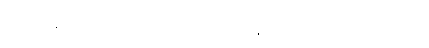
နေရာမှန်ဖြစ်သည် ဘုရားသခင်၏အမှုနှင့်ပတ်သက်၍ ဖွဲစည်းကာ